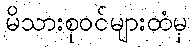
မိသားစုဝင်များထံမှ